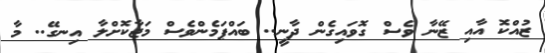
ޒުއްކޮ އާއި ޒޭނާ ވެސް ގޮވައިގެން ދާނީ.. ބައްޕަމެންވެސް މަޖާކޮށްލާ އިނގޭ.. މާ